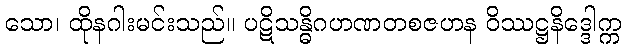
သော၊ ထိုနဂါးမင်းသည်။ ပဋိသန္ဓိဂဟဏတစဇဟန ဝိဿဋ္ဌနိဒ္ဒေါက္က